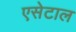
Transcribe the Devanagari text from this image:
एसेटाल